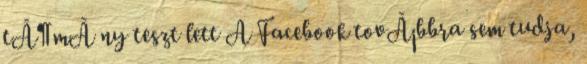
tÃ¶mÃ ny teszt lett A Facebook tovÃ¡bbra sem tudja,